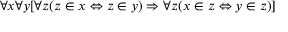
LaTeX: \forall x \forall y [ \forall z ( z \in x \Leftrightarrow z \in y ) \Rightarrow \forall z ( x \in z \Leftrightarrow y \in z ) ]